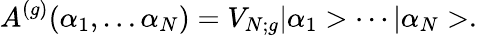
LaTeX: A^{(g)}(\alpha_{1},\ldots\alpha_{N})=V_{N;g}|\alpha_{1}>\cdots|\alpha_{N}>.